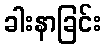
ခါးနာခြင်း